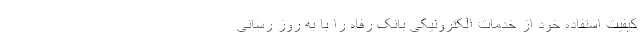
کیفیت استفاده خود از خدمات الکترونیکی بانک رفاه را با به روز رسانی